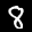
Label: 8